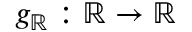
g _ { \mathbb { R } } : \mathbb { R } \to \mathbb { R }